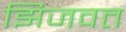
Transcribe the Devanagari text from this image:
झिजवत